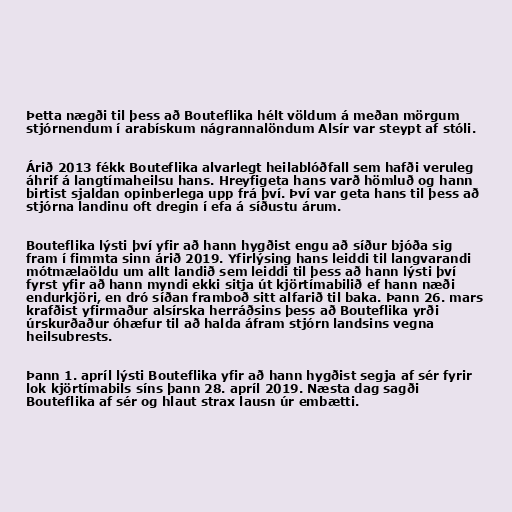
Þetta nægði til þess að Bouteflika hélt völdum á meðan mörgum
stjórnendum í arabískum nágrannalöndum Alsír var steypt af stóli.

Árið 2013 fékk Bouteflika alvarlegt heilablóðfall sem hafði veruleg
áhrif á langtímaheilsu hans. Hreyfigeta hans varð hömluð og hann
birtist sjaldan opinberlega upp frá því. Því var geta hans til þess að
stjórna landinu oft dregin í efa á síðustu árum.

Bouteflika lýsti því yfir að hann hygðist engu að síður bjóða sig
fram í fimmta sinn árið 2019. Yfirlýsing hans leiddi til langvarandi
mótmælaöldu um allt landið sem leiddi til þess að hann lýsti því
fyrst yfir að hann myndi ekki sitja út kjörtímabilið ef hann næði
endurkjöri, en dró síðan framboð sitt alfarið til baka. Þann 26. mars
krafðist yfirmaður alsírska herráðsins þess að Bouteflika yrði
úrskurðaður óhæfur til að halda áfram stjórn landsins vegna
heilsubrests.

Þann 1. apríl lýsti Bouteflika yfir að hann hygðist segja af sér fyrir
lok kjörtímabils síns þann 28. apríl 2019. Næsta dag sagði
Bouteflika af sér og hlaut strax lausn úr embætti.